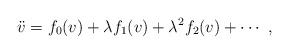
LaTeX: \begin{align*}\ddot{v}=f_0(v)+\lambda f_1(v)+\lambda^2f_2(v)+\cdots\ ,\end{align*}